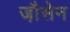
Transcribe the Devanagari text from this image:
जौ़सेन